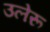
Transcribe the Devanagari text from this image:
उलेरू